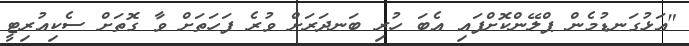
"އަޅުގަނޑުމެން ޕްލޭންކޮށްފައި އެބަ ހުރި ބަނދަރަށް ވުރެ ފަހަތަށް ވާ ގޮތަށް ސެކިއުރިޓީ